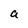
Character: a